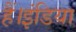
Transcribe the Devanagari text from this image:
हैं।इंडिया